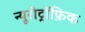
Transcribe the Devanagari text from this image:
न्यूरोट्रॉफ़िक